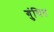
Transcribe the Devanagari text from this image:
गुंथित